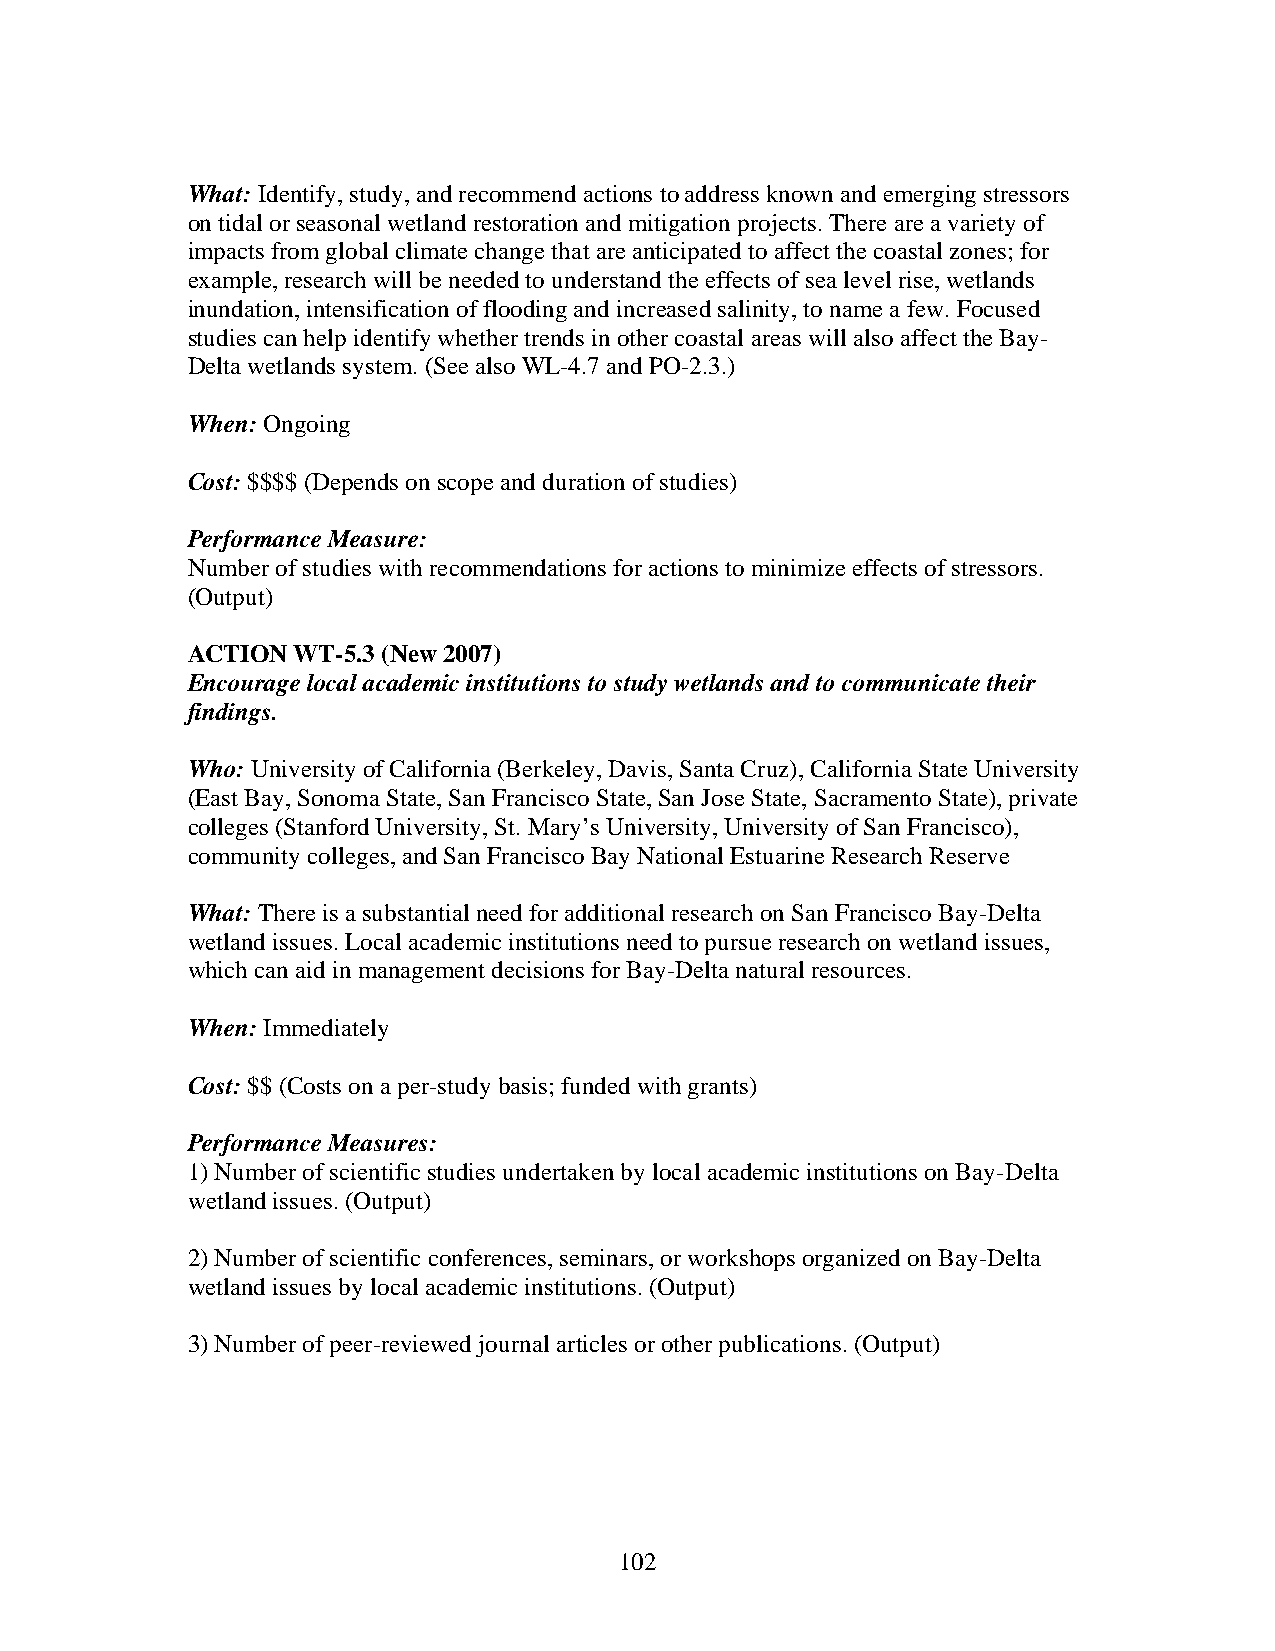
What: Identify, study, and recommend actions to address known and emerging stressors
 on tidal or seasonal wetland restoration and mitigation projects. There are a variety of
 impacts from global climate change that are anticipated to affect the coastal zones; for
 example, research will be needed to understand the effects of sea level rise, wetlands
 inundation, intensification of flooding and increased salinity, to name a few. Focused
 studies can help identify whether trends in other coastal areas will also affect the Bay-
 Delta wetlands system. (See also WL-4.7 and PO-2.3.)
 When: Ongoing
 Cost: $$$$ (Depends on scope and duration of studies)
 Performance Measure:
 Number of studies with recommendations for actions to minimize effects of stressors.
 (Output)
 ACTION WT-5.3 (New 2007)
 Encourage local academic institutions to study wetlands and to communicate their
 findings.
 Who: University of California (Berkeley, Davis, Santa Cruz), California State University
 (East Bay, Sonoma State, San Francisco State, San Jose State, Sacramento State), private
 colleges (Stanford University, St. Mary’s University, University of San Francisco),
 community colleges, and San Francisco Bay National Estuarine Research Reserve
 What: There is a substantial need for additional research on San Francisco Bay-Delta
 wetland issues. Local academic institutions need to pursue research on wetland issues,
 which can aid in management decisions for Bay-Delta natural resources.
 When: Immediately
 Cost: $$ (Costs on a per-study basis; funded with grants)
 Performance Measures:
 1) Number of scientific studies undertaken by local academic institutions on Bay-Delta
 wetland issues. (Output)
 2) Number of scientific conferences, seminars, or workshops organized on Bay-Delta
 wetland issues by local academic institutions. (Output)
 3) Number of peer-reviewed journal articles or other publications. (Output)
 102